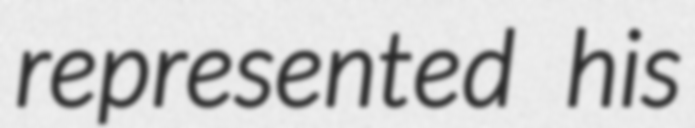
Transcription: represented his